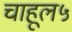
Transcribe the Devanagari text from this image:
चाहूल५